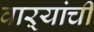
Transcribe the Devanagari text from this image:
वाऱ्यांची